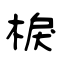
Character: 棙